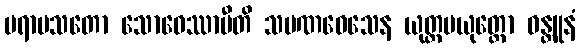
ပရာမသတော သောဓေဿာမီတိ သမဏဝေသေန ယုတ္တပယုတ္တော ဝန္တူနံ